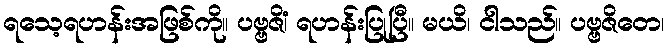
ရသေ့ရဟန်းအဖြစ်ကို။ ပဗ္ဗဇိံ၊ ရဟန်းပြုပြီ။ မယိ၊ ငါသည်။ ပဗ္ဗဇိတေ၊